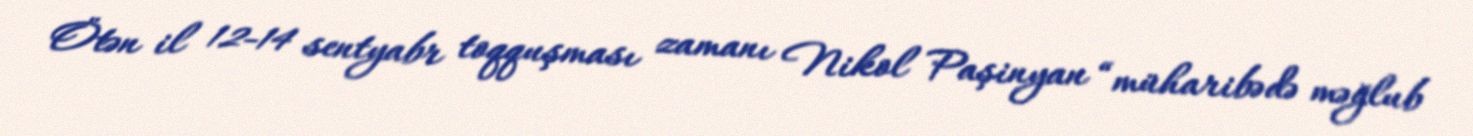
Ötən il 12-14 sentyabr toqquşması zamanı Nikol Paşinyan “müharibədə məğlub